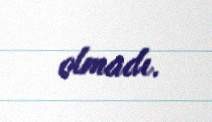
olmadı.